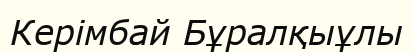
Керімбай Бұралқыұлы